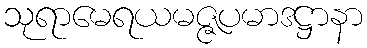
သုရာမေရယမဇ္ဇပမာဒဋ္ဌာနာ